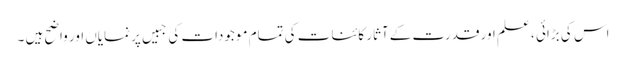
اس کی بڑائی ، علم اور قدرت کے آثار کائنات کی تمام موجودات کی جبیں پر نمایاں اور واضح ہیں ۔